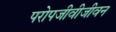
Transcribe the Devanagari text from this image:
परोपजीवीजीवन